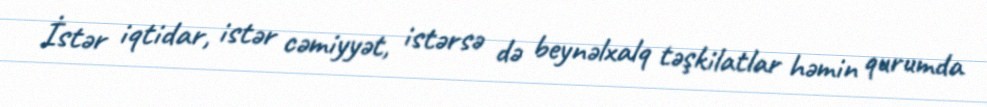
İstər iqtidar, istər cəmiyyət, istərsə də beynəlxalq təşkilatlar həmin qurumda